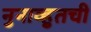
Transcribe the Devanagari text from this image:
नुनाव्हुतची